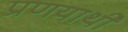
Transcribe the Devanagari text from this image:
प्रणयार्थी